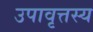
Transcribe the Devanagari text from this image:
उपावृत्तस्य